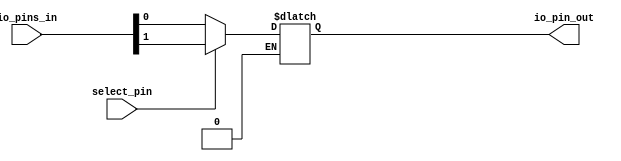
module io_buffer (
    input wire [7:0] io_pins_in,
    input wire select_pin,
    output wire io_pin_out
);

    reg [7:0] io_pins_buffer;

    always @ (select_pin or io_pins_in)
    begin
        if (select_pin == 0)
            io_pin_out = io_pins_in[0];
        else if (select_pin == 1)
            io_pin_out = io_pins_in[1];
        // add more cases for additional pins if needed
    end

    always @ (io_pin_out)
    begin
        if (select_pin == 0)
            io_pins_buffer[0] = io_pin_out;
        else if (select_pin == 1)
            io_pins_buffer[1] = io_pin_out;
        // add more cases for additional pins if needed
    end

endmodule